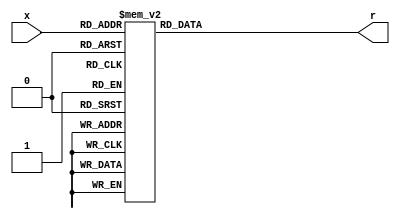
`timescale 1ns / 1ps

module hexto7segment(
    input [3:0] x,
    output reg [6:0] r
    );
    
    always @ (*)
        case (x)
            4'b0000: r = 7'b0000001;
            4'b0001: r = 7'b1001111;
            4'b0010: r = 7'b0010010;
            4'b0011: r = 7'b0000110;
            4'b0100: r = 7'b1001100;
            4'b0101: r = 7'b0100100;
            4'b0110: r = 7'b0100000;
            4'b0111: r = 7'b0001111;
            4'b1000: r = 7'b0000000;
            4'b1001: r = 7'b0000100;
            default: r = 7'b1111111;
        endcase
        
endmodule